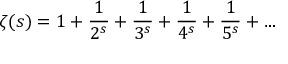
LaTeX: \zeta ( s ) = 1 + { \frac { 1 } { 2 ^ { s } } } + { \frac { 1 } { 3 ^ { s } } } + { \frac { 1 } { 4 ^ { s } } } + { \frac { 1 } { 5 ^ { s } } } + \ldots